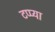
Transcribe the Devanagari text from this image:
टप्प्या